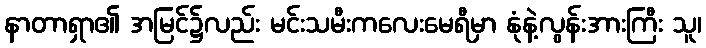
နာတာရှာ၏ အမြင်၌လည်း မင်းသမီးကလေးမေရီမှာ နုံနဲ့လွန်းအားကြီး သူ၊